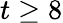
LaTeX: t\ge 8